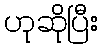
ဟုဆိုပြီး